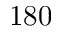
1 8 0